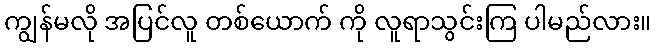
ကျွန်မလို အပြင်လူ တစ်ယောက် ကို လူရာသွင်းကြ ပါမည်လား။